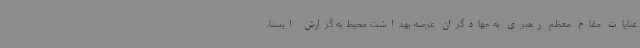
عنایات مقام معظم رهبری به جهادگران عرصه بهداشت محیط به گزارش ایسنا،